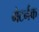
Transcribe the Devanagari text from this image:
मेटर्नक